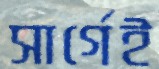
সার্গেই